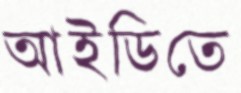
আইডিতে